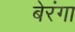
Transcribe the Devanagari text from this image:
बेरंगा